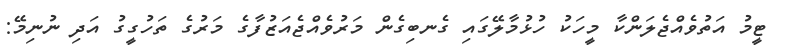
ޓީމު އަތުވެއްޖެލަންކާ މީހަކު ހުޅުމާލޭގައި ގެނބިގެން މަރުވެއްޖެއަޒުފާގެ މަރުގެ ތަހުގީގު އަދި ނުނިމޭ: